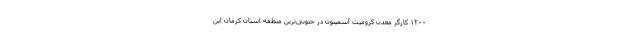
۱۲۰۰ کارگر معدن کرومیت آسمینون در جنوبی‌ترین منطقه استان کرمان این